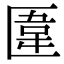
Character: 𠥎